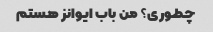
چطوری؟ من باب ایوانز هستم